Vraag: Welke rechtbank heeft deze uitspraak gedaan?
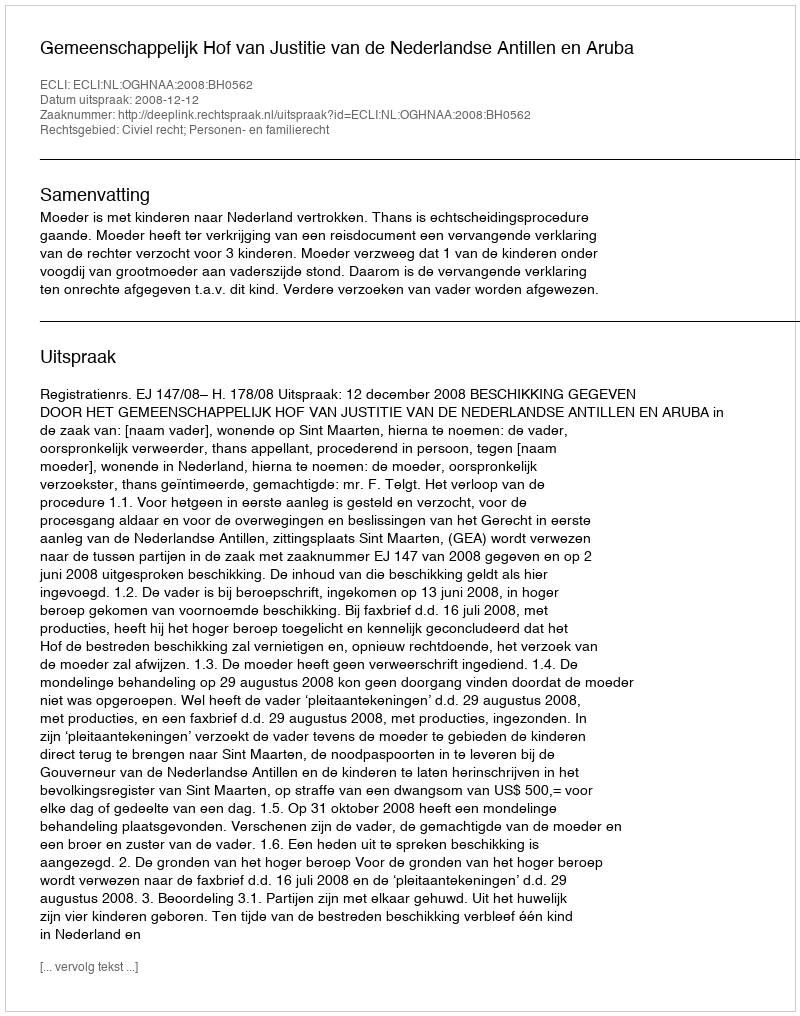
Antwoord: Gemeenschappelijk Hof van Justitie van de Nederlandse Antillen en Aruba